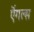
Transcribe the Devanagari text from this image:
ऎंगल्स